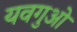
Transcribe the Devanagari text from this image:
यवगुओं